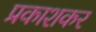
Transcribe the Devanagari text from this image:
प्रकाशकर